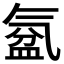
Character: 𣱦